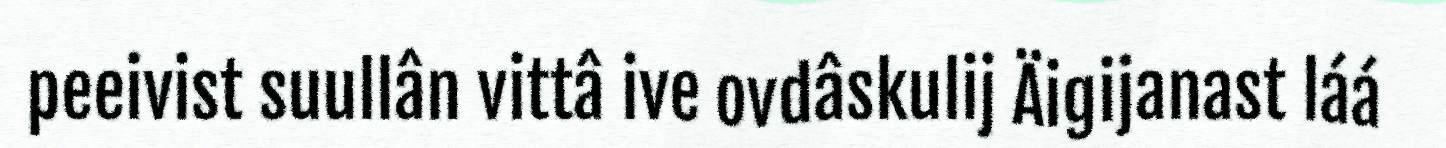
peeivist suullân vittâ ive ovdâskulij Äigijanast láá